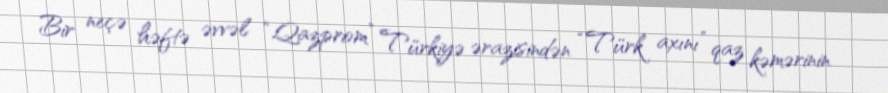
Bir neçə həftə əvvəl “Qazprom” Türkiyə ərazisindən “Türk axını” qaz kəmərinin